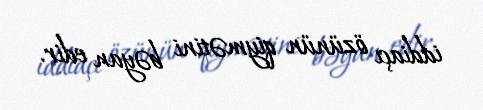
iddiaçı özünün qiymətini bəyan edir.